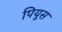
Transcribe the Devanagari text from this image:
पियूस